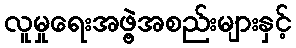
လူမှုရေးအဖွဲ့အစည်းများနှင့်